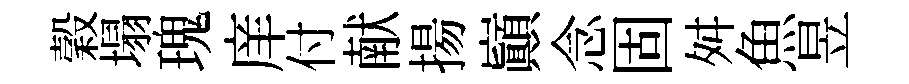
穀塌瑰庠付献揚巔念固舛魚昱